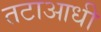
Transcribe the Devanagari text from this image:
तटाआधी